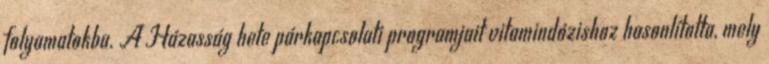
folyamatokba. A Házasság hete párkapcsolati programjait vitamindózishoz hasonlította, mely